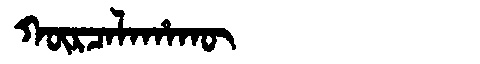
Manchu: ᡴᡡᡵᠴᠠᠯᠠᡥᠠᡴᡡ
Romanization: KŪRCALAHAKŪ